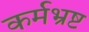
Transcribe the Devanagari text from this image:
कर्मभ्रष्ट